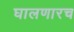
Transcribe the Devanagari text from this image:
घालणारच